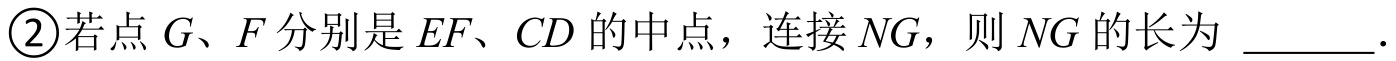
\textcircled{2}若点 \(G\)、\(F\) 分别是 \(EF\)、\(CD\) 的中点，连接 \(NG\)，则 \(NG\) 的长为 \underline{\qquad}.